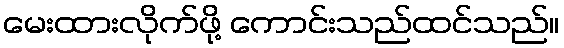
မေးထားလိုက်ဖို့ ကောင်းသည်ထင်သည်။